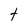
Character: t